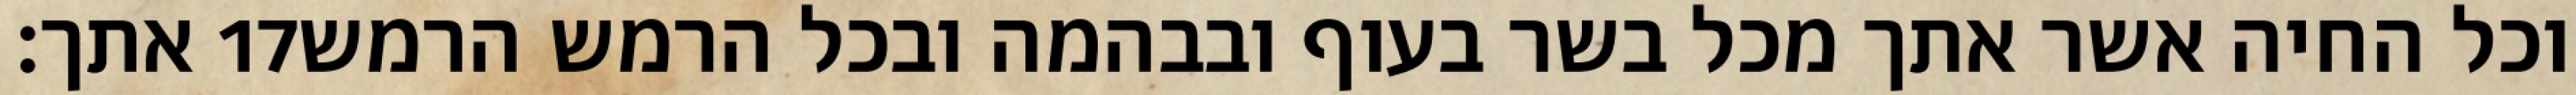
אתך׃ ‎17‏ וכל החיה אשר אתך מכל בשר בעוף ובבהמה ובכל הרמש הרמש